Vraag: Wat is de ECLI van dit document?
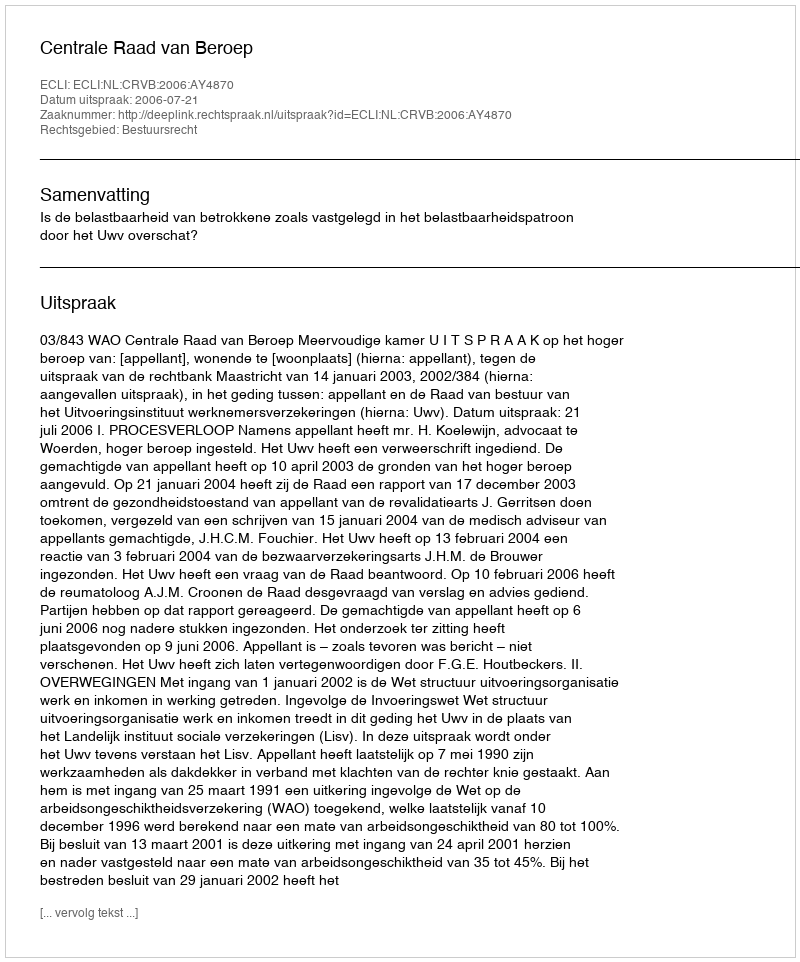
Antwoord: ECLI:NL:CRVB:2006:AY4870